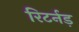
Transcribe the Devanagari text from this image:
रिटर्नड़